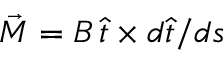
\vec { M } = B \, \hat { t } \times d \hat { t } / d s